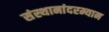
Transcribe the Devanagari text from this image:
संस्थानांदरम्यान